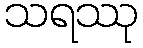
သရဿု